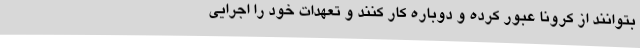
بتوانند از کرونا عبور کرده و دوباره کار کنند و تعهدات خود را اجرایی